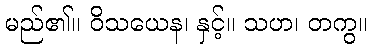
မည်၏။ ဝိသယေန၊ နှင့်။ သဟ၊ တကွ။